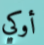
أوكي